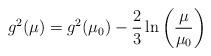
LaTeX: \begin{align*}g^2 (\mu) = g^2 (\mu _0) - {2 \over 3} \ln \left( {\mu \over \mu_0}\right)\end{align*}